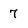
Character: 7